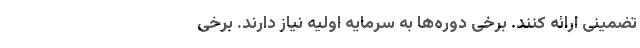
تضمینی ارائه کنند. برخی دوره‌ها به سرمایه اولیه نیاز دارند. برخی